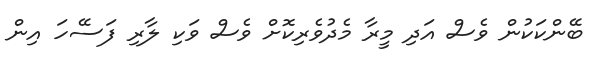
ބޭންކަކުން ވެސް އަދި މީރާ މެދުވެރިކޮށް ވެސް ވަކި ލާރި ފަސޭހަ އިން